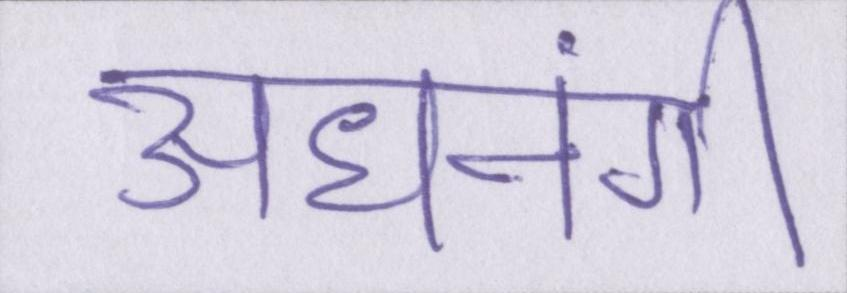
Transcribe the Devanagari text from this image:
अधनंगी